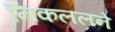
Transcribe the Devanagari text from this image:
निकललने